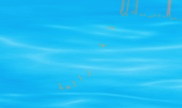
تجدوا لدينا تشكيلة رائعة